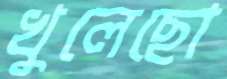
খুলেছো